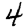
Digit: 4